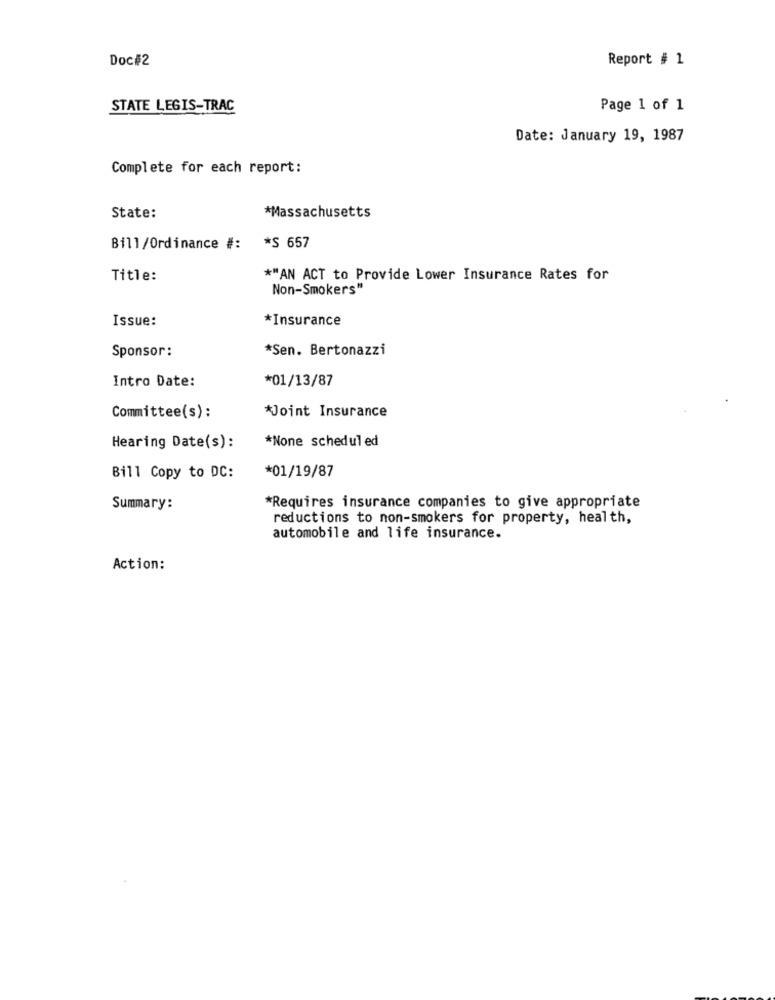
Doc#2
Report # 1
STATE LEGIS-TRAC
Page 1 of 1
Date: January 19, 1987
Complete for each report:
State:
*Massachusetts
Bill/Ordinance #: * S 657
Title:
*"AN ACT to Provide Lower Insurance Rates for
Non-Smokers"
Issue:
*Insurance
Sponsor:
*Sen. Bertonazzi
Intro Date:
*01/13/87
Committee(s):
*Joint Insurance
*None scheduled
Hearing Date(s):
Bill Copy to DC:
*01/19/87
Summary:
*Requires insurance companies to give appropriate
reductions to non-smokers for property, health,
automobile and life insurance.
Action: